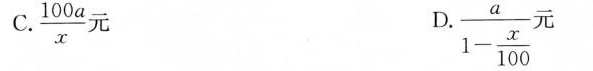
C.\frac{100a}{x}元 D. $$\frac { a } { 1 - \frac { x } { 1 0 0 } }$$ 元